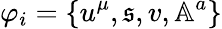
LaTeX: \varphi_{i}=\{ u^{\mu},\mathfrak{s},v,\mathbb{A}^{a}\}